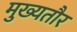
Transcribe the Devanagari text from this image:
मुख्‍यतौर